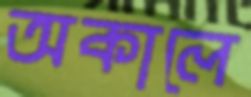
অকালে